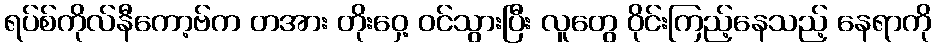
ရပ်စ်ကိုလ်နီကော့ဗ်က တအား တိုးဝှေ့ ဝင်သွားပြီး လူတွေ ဝိုင်းကြည့်နေသည့် နေရာကို